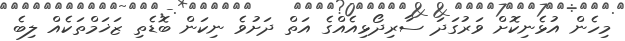
މިހެން އުޅެނިކޮށް ވަރުގަދަ ސާރިދޯޅިއެއްގެ އަތް ދަށުވެ ނިކަން ބޮޑެތި ޒަޚަމްތަކެއް ލިބެ